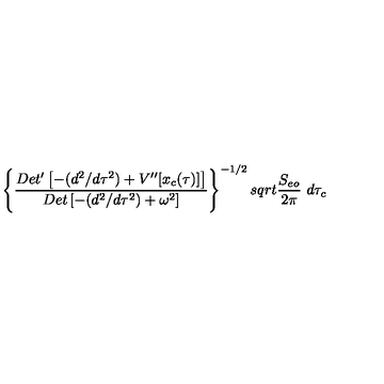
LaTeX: \left\{ { \frac { D e t ^ { \prime } \left[ - ( d ^ { 2 } / d \tau ^ { 2 } ) + V ^ { \prime \prime } [ x _ { c } ( \tau ) ] \right] } { D e t \left[ - ( d ^ { 2 } / d \tau ^ { 2 } ) + \omega ^ { 2 } \right] } } \right\} ^ { - 1 / 2 } s q r t { { \frac { S _ { e o } } { 2 \pi } } } \ d \tau _ { c }